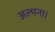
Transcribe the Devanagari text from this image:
अल्पना।